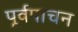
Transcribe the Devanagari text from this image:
पूर्वपाचन